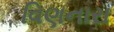
વિણનારા